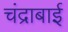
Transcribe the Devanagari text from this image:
चंद्राबाई